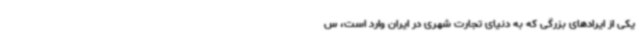
یکی از ایرادهای بزرگی که به دنیای تجارت شهری در ایران وارد است، س